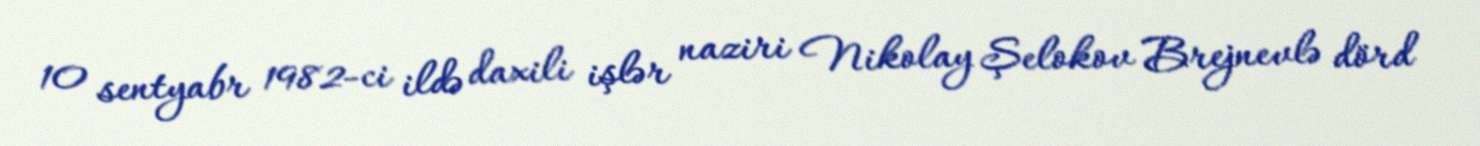
10 sentyabr 1982-ci ildə daxili işlər naziri Nikolay Şelokov Brejnevlə dörd